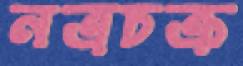
নত্রচক্র